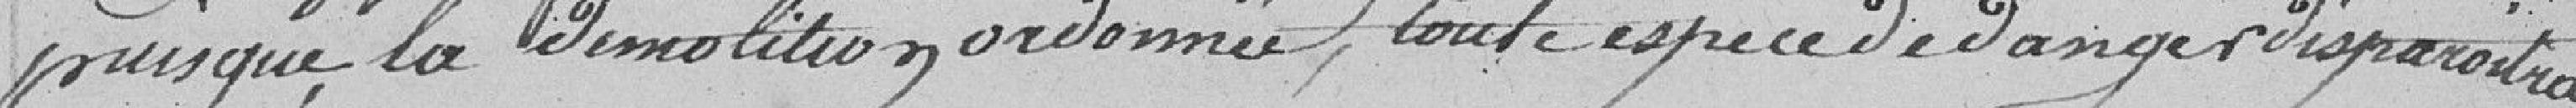
puisque par la démolition ordonnée, toute espèce de danger disparaîtra